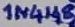
Text: 1N4148